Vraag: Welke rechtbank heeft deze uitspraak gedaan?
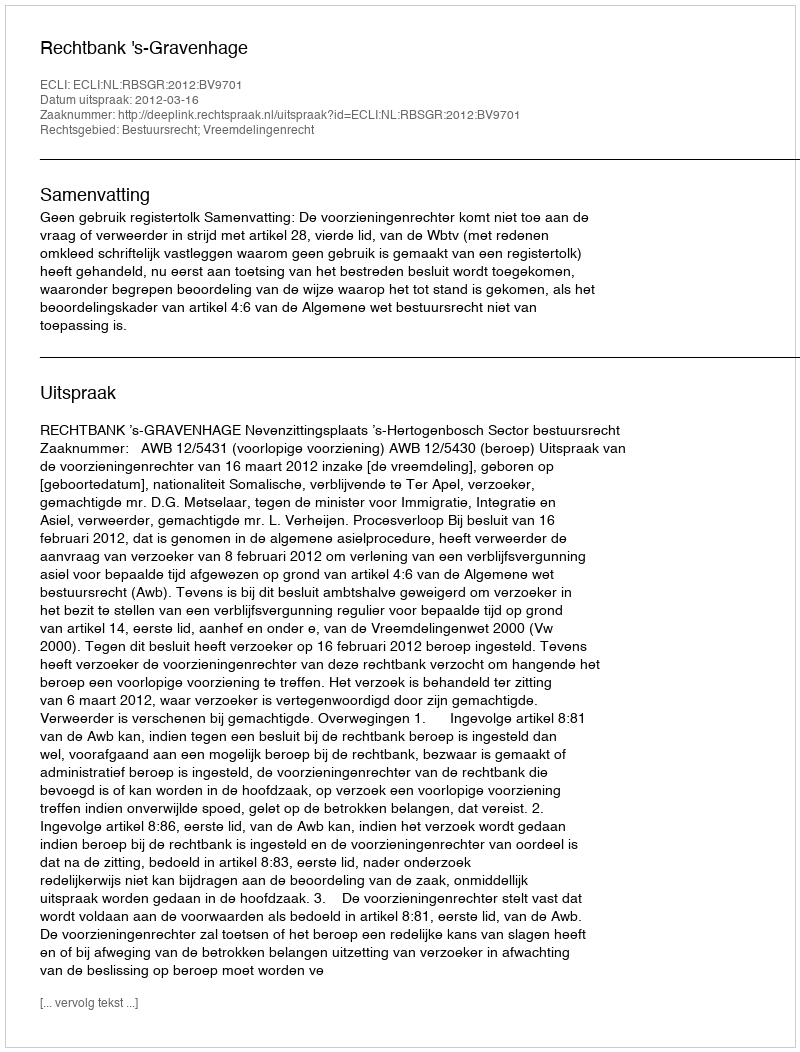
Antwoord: Rechtbank 's-Gravenhage